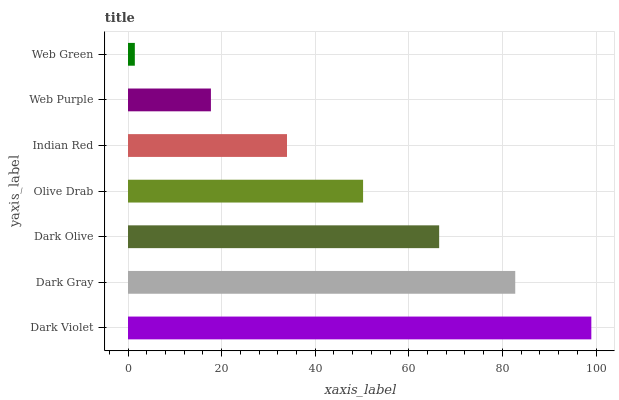
| yaxis_label | bars |
 | --- | --- |
 | Dark Violet | 99 |
 | Dark Gray | 82.7 |
 | Dark Olive | 66.5 |
 | Olive Drab | 50.2 |
 | Indian Red | 34 |
 | Web Purple | 17.7 |
 | Web Green | 1.46 |